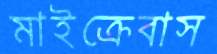
মাইক্রেবাস